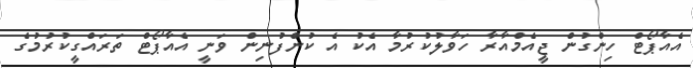
އެއާޕޯޓް ހިންގުން ޖީއެމްއާރާ ހަވާލުކުރުމާ އެކު އެ ކުންފުނިން ވަނީ އެއާޕޯޓް ތަރައްގީކުރުމުގެ